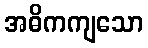
အဓိကကျသော